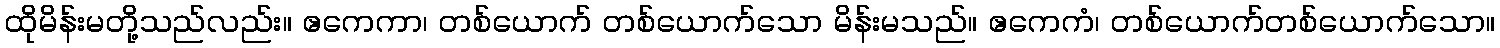
ထိုမိန်းမတို့သည်လည်း။ ဧကေကာ၊ တစ်ယောက် တစ်ယောက်သော မိန်းမသည်။ ဧကေကံ၊ တစ်ယောက်တစ်ယောက်သော။